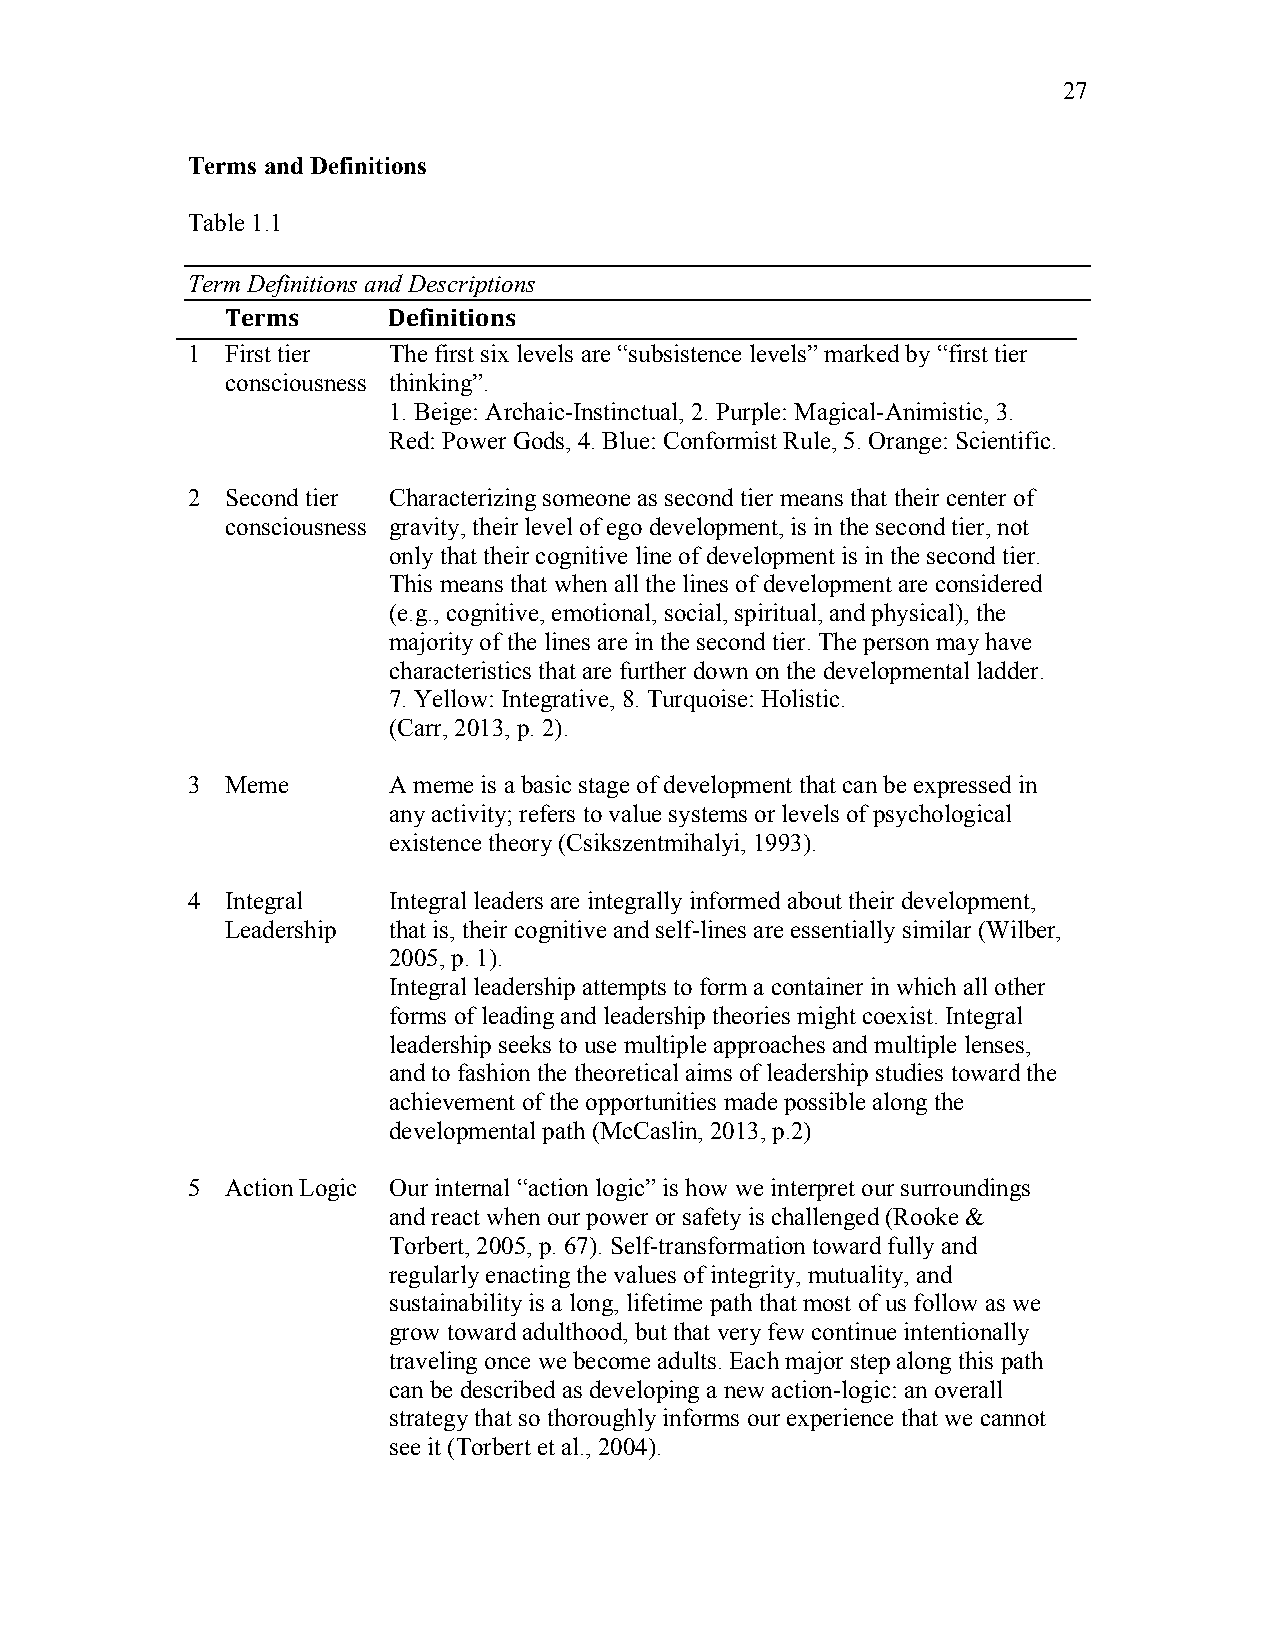
27
 Terms and Definitions
 Table 1.1
 Term Definitions and Descriptions
 Terms      Definitions
 1  First tier The first six levels are “subsistence levels” marked by “first tier
 consciousness thinking”.
 1. Beige: Archaic-Instinctual, 2. Purple: Magical-Animistic, 3.
 Red: Power Gods, 4. Blue: Conformist Rule, 5. Orange: Scientific.
 2  Second tier Characterizing someone as second tier means that their center of
 consciousness gravity, their level of ego development, is in the second tier, not
 only that their cognitive line of development is in the second tier.
 This means that when all the lines of development are considered
 (e.g., cognitive, emotional, social, spiritual, and physical), the
 majority of the lines are in the second tier. The person may have
 characteristics that are further down on the developmental ladder.
 7. Yellow: Integrative, 8. Turquoise: Holistic.
 (Carr, 2013, p. 2).
 3  Meme       A meme is a basic stage of development that can be expressed in
 any activity; refers to value systems or levels of psychological
 existence theory (Csikszentmihalyi, 1993).
 4  Integral   Integral leaders are integrally informed about their development,
 Leadership that is, their cognitive and self-lines are essentially similar (Wilber,
 2005, p. 1).
 Integral leadership attempts to form a container in which all other
 forms of leading and leadership theories might coexist. Integral
 leadership seeks to use multiple approaches and multiple lenses,
 and to fashion the theoretical aims of leadership studies toward the
 achievement of the opportunities made possible along the
 developmental path (McCaslin, 2013, p.2)
 5  Action Logic Our internal “action logic” is how we interpret our surroundings
 and react when our power or safety is challenged (Rooke &
 Torbert, 2005, p. 67). Self-transformation toward fully and
 regularly enacting the values of integrity, mutuality, and
 sustainability is a long, lifetime path that most of us follow as we
 grow toward adulthood, but that very few continue intentionally
 traveling once we become adults. Each major step along this path
 can be described as developing a new action-logic: an overall
 strategy that so thoroughly informs our experience that we cannot
 see it (Torbert et al., 2004).